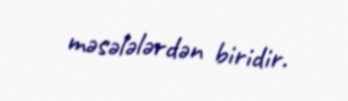
məsələlərdən biridir.